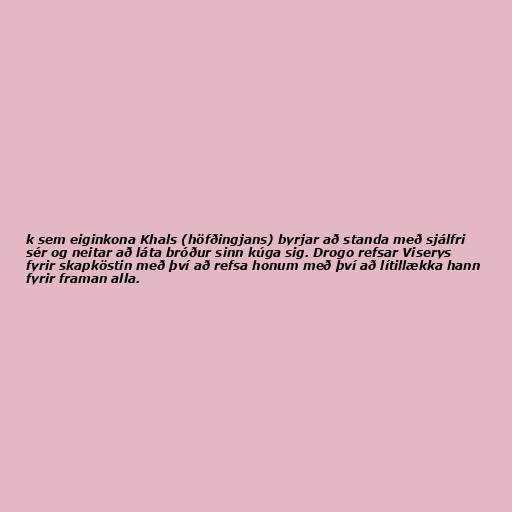
k sem eiginkona Khals (höfðingjans) byrjar að standa með sjálfri
sér og neitar að láta bróður sinn kúga sig. Drogo refsar Viserys
fyrir skapköstin með því að refsa honum með því að lítillækka hann
fyrir framan alla.